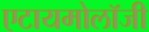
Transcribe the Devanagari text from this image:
एटायमोलॉजी